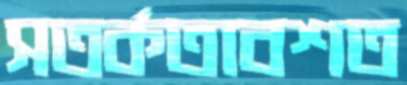
সতর্কতাবশত